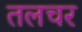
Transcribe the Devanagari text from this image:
तलचर